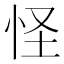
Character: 怪